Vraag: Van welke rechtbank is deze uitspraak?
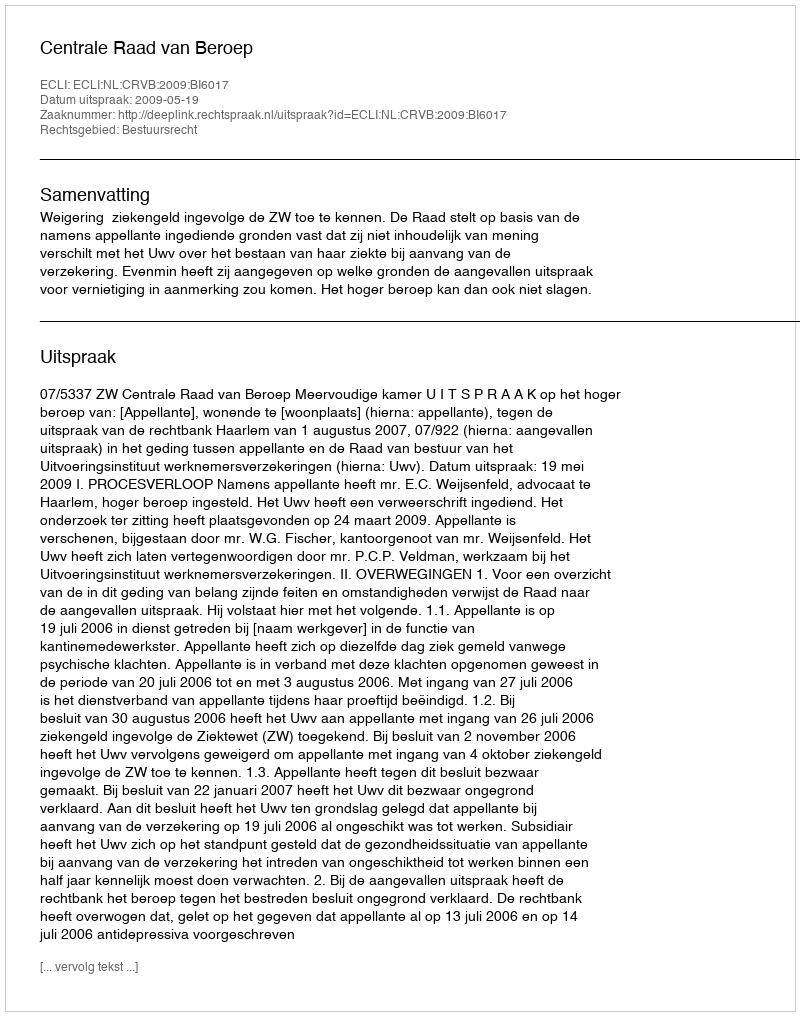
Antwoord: Centrale Raad van Beroep